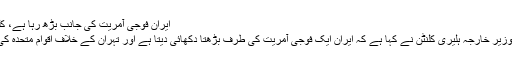
ایران فوجی آمریت کی جانب بڑھ رہا ہے، کلنٹن کا دعویٰ | حالات حاضرہ | DW | 16.02.2010
ان دنوں مشرق وسطیٰ کے دورے پر گئی ہوئی امریکی وزیر خارجہ ہلیری کلنٹن نے کہا ہے کہ ایران ایک فوجی آمریت کی طرف بڑھتا دکھائی دیتا ہے اور تہران کے خلاف اقوام متحدہ کی نئی پابندیوں میں یہ پہلو بھی مد نظر رکھا جانا چاہیے۔